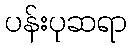
ပန်းပုဆရာ